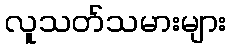
လူသတ်သမားများ